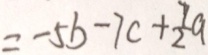
= - 5 b - 7 c + \frac { 7 } { 2 } a